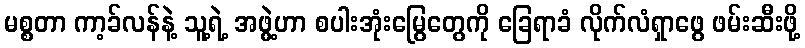
မစ္စတာ ကာ့ခ်လန်နဲ့ သူ့ရဲ့ အဖွဲ့ဟာ စပါးအုံးမြွေတွေကို ခြေရာခံ လိုက်လံရှာဖွေ ဖမ်းဆီးဖို့